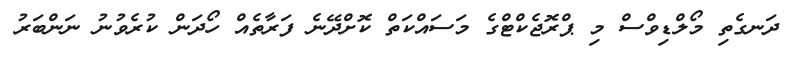
ދަނގެތި މޯލްޑިވްސް މި ޕްރޮޖެކްޓްގެ މަސައްކަތް ކޮށްދޭނެ ފަރާތެއް ހޯދަން ކުރެވުނު ނަންބަރު